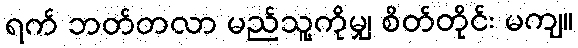
ရက် ဘတ်တလာ မည်သူ့ကိုမျှ စိတ်တိုင်း မကျ။